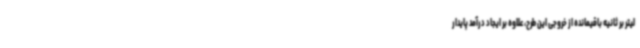
لیتر بر ثانیه باقیمانده از خروجی این طرح، علاوه بر ایجاد درآمد پایدار